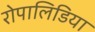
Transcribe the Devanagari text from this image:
रोपालिडिया